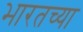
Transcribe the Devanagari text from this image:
भारतच्या